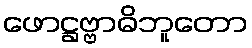
ဖောဋ္ဌဗ္ဗာဓိဘူတော